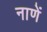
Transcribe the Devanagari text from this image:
नाणें